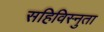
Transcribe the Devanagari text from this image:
सहिविस्नुता